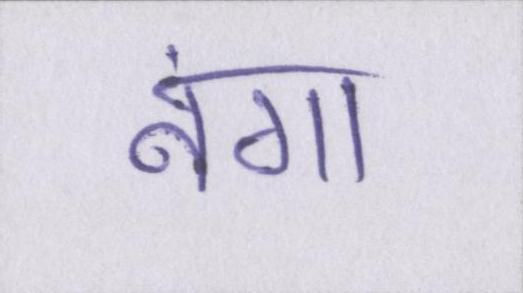
नंगा